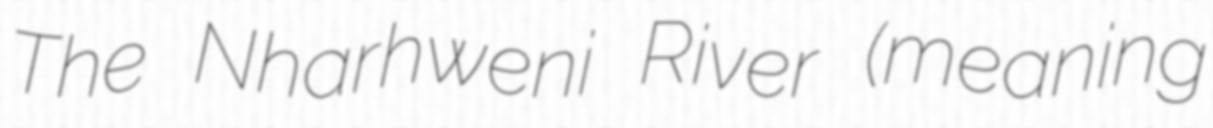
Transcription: The Nharhweni River (meaning